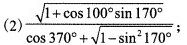
(2)$$\frac { \sqrt { 1 + \cos 1 0 0 ° } \sin 1 7 0 ° } { \cos 3 7 0 ° + \sqrt { 1 - \sin ^ { 2 } 1 7 0 ° }$$;